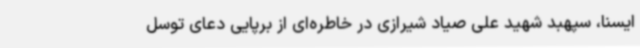
ایسنا، سپهبد شهید علی صیاد شیرازی در خاطره‌ای از برپایی دعای توسل